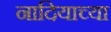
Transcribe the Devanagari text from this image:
नादियाच्या